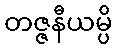
တဇ္ဇနီယမ္ပိ